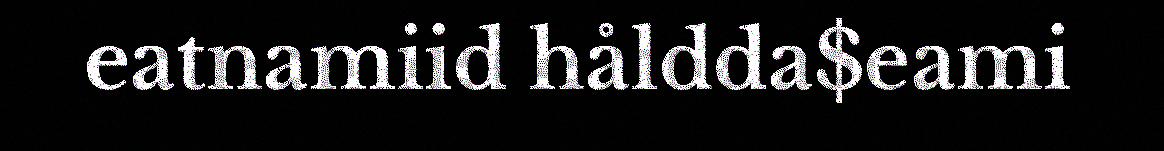
eatnamiid håldda$eami